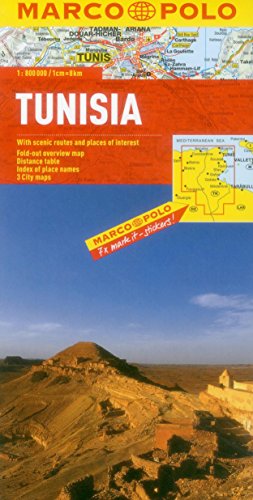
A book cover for Tunisia Marco Polo Map (Marco Polo Maps); Marco Polo Travel; Travel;